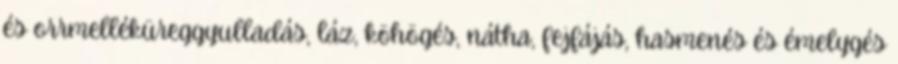
és orrmelléküreggyulladás, láz, köhögés, nátha, fejfájás, hasmenés és émelygés